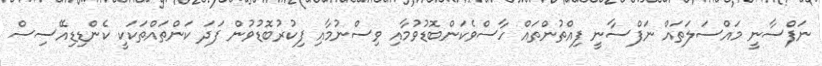
ނަފްސާނީ މައްސަލަތައް ނަފްސާނީ ފިއްތުންތައް ހާސްވެކަންބޮޑުވުމާއި ވިސްނުމާއި ފިކުރުބޮޑުވުން ފަދަ ކަންތައްތަކަކީ ކެންޑިޑިއޭސިސް